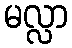
မလ္လာ